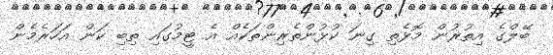
ބޭލްގެ އިތުރުން މޮޅެތި ގިނަ ކުޅުންތެރިންތަކެއް އެ ޓީމުގައި ތިބި ކަން އަހަރެމެން